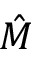
\hat { M }